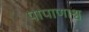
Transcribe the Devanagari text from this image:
पापाणाश्व